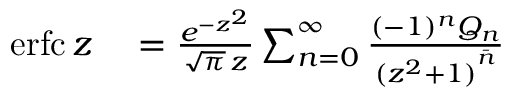
\begin{array} { r l } { \operatorname { e r f c } z } & { { } = { \frac { e ^ { - z ^ { 2 } } } { { \sqrt { \pi } } \, z } } \sum _ { n = 0 } ^ { \infty } { \frac { ( - 1 ) ^ { n } Q _ { n } } { { ( z ^ { 2 } + 1 ) } ^ { \bar { n } } } } } \end{array}